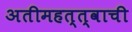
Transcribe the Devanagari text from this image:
अतीमहत्त्वाची